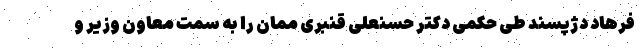
فرهاد دژپسند طی حکمی دکتر حسنعلی قنبری ممان را به سمت معاون وزیر و